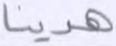
هدينا